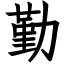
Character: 勤